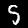
Digit: 5